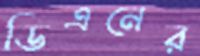
ডিএনের